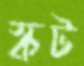
স্কট